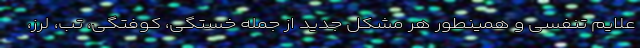
علایم تنفسی و همینطور هر مشکل جدید از جمله خستگی، کوفتگی، تب، لرز،